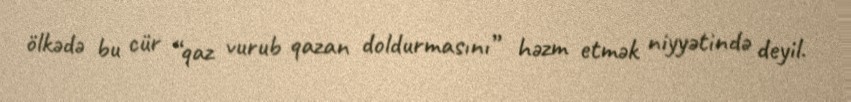
ölkədə bu cür “qaz vurub qazan doldurmasını” həzm etmək niyyətində deyil.